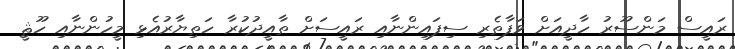
ރައީސް މަންސޫރު ހާދީއަށް ވަފާތެރި ސިފައިންނާއި ރައީސަށް ތާއީދުކުރާ ހަތިޔާރުއެޅި މީހުންނާއި ހޫޘީ